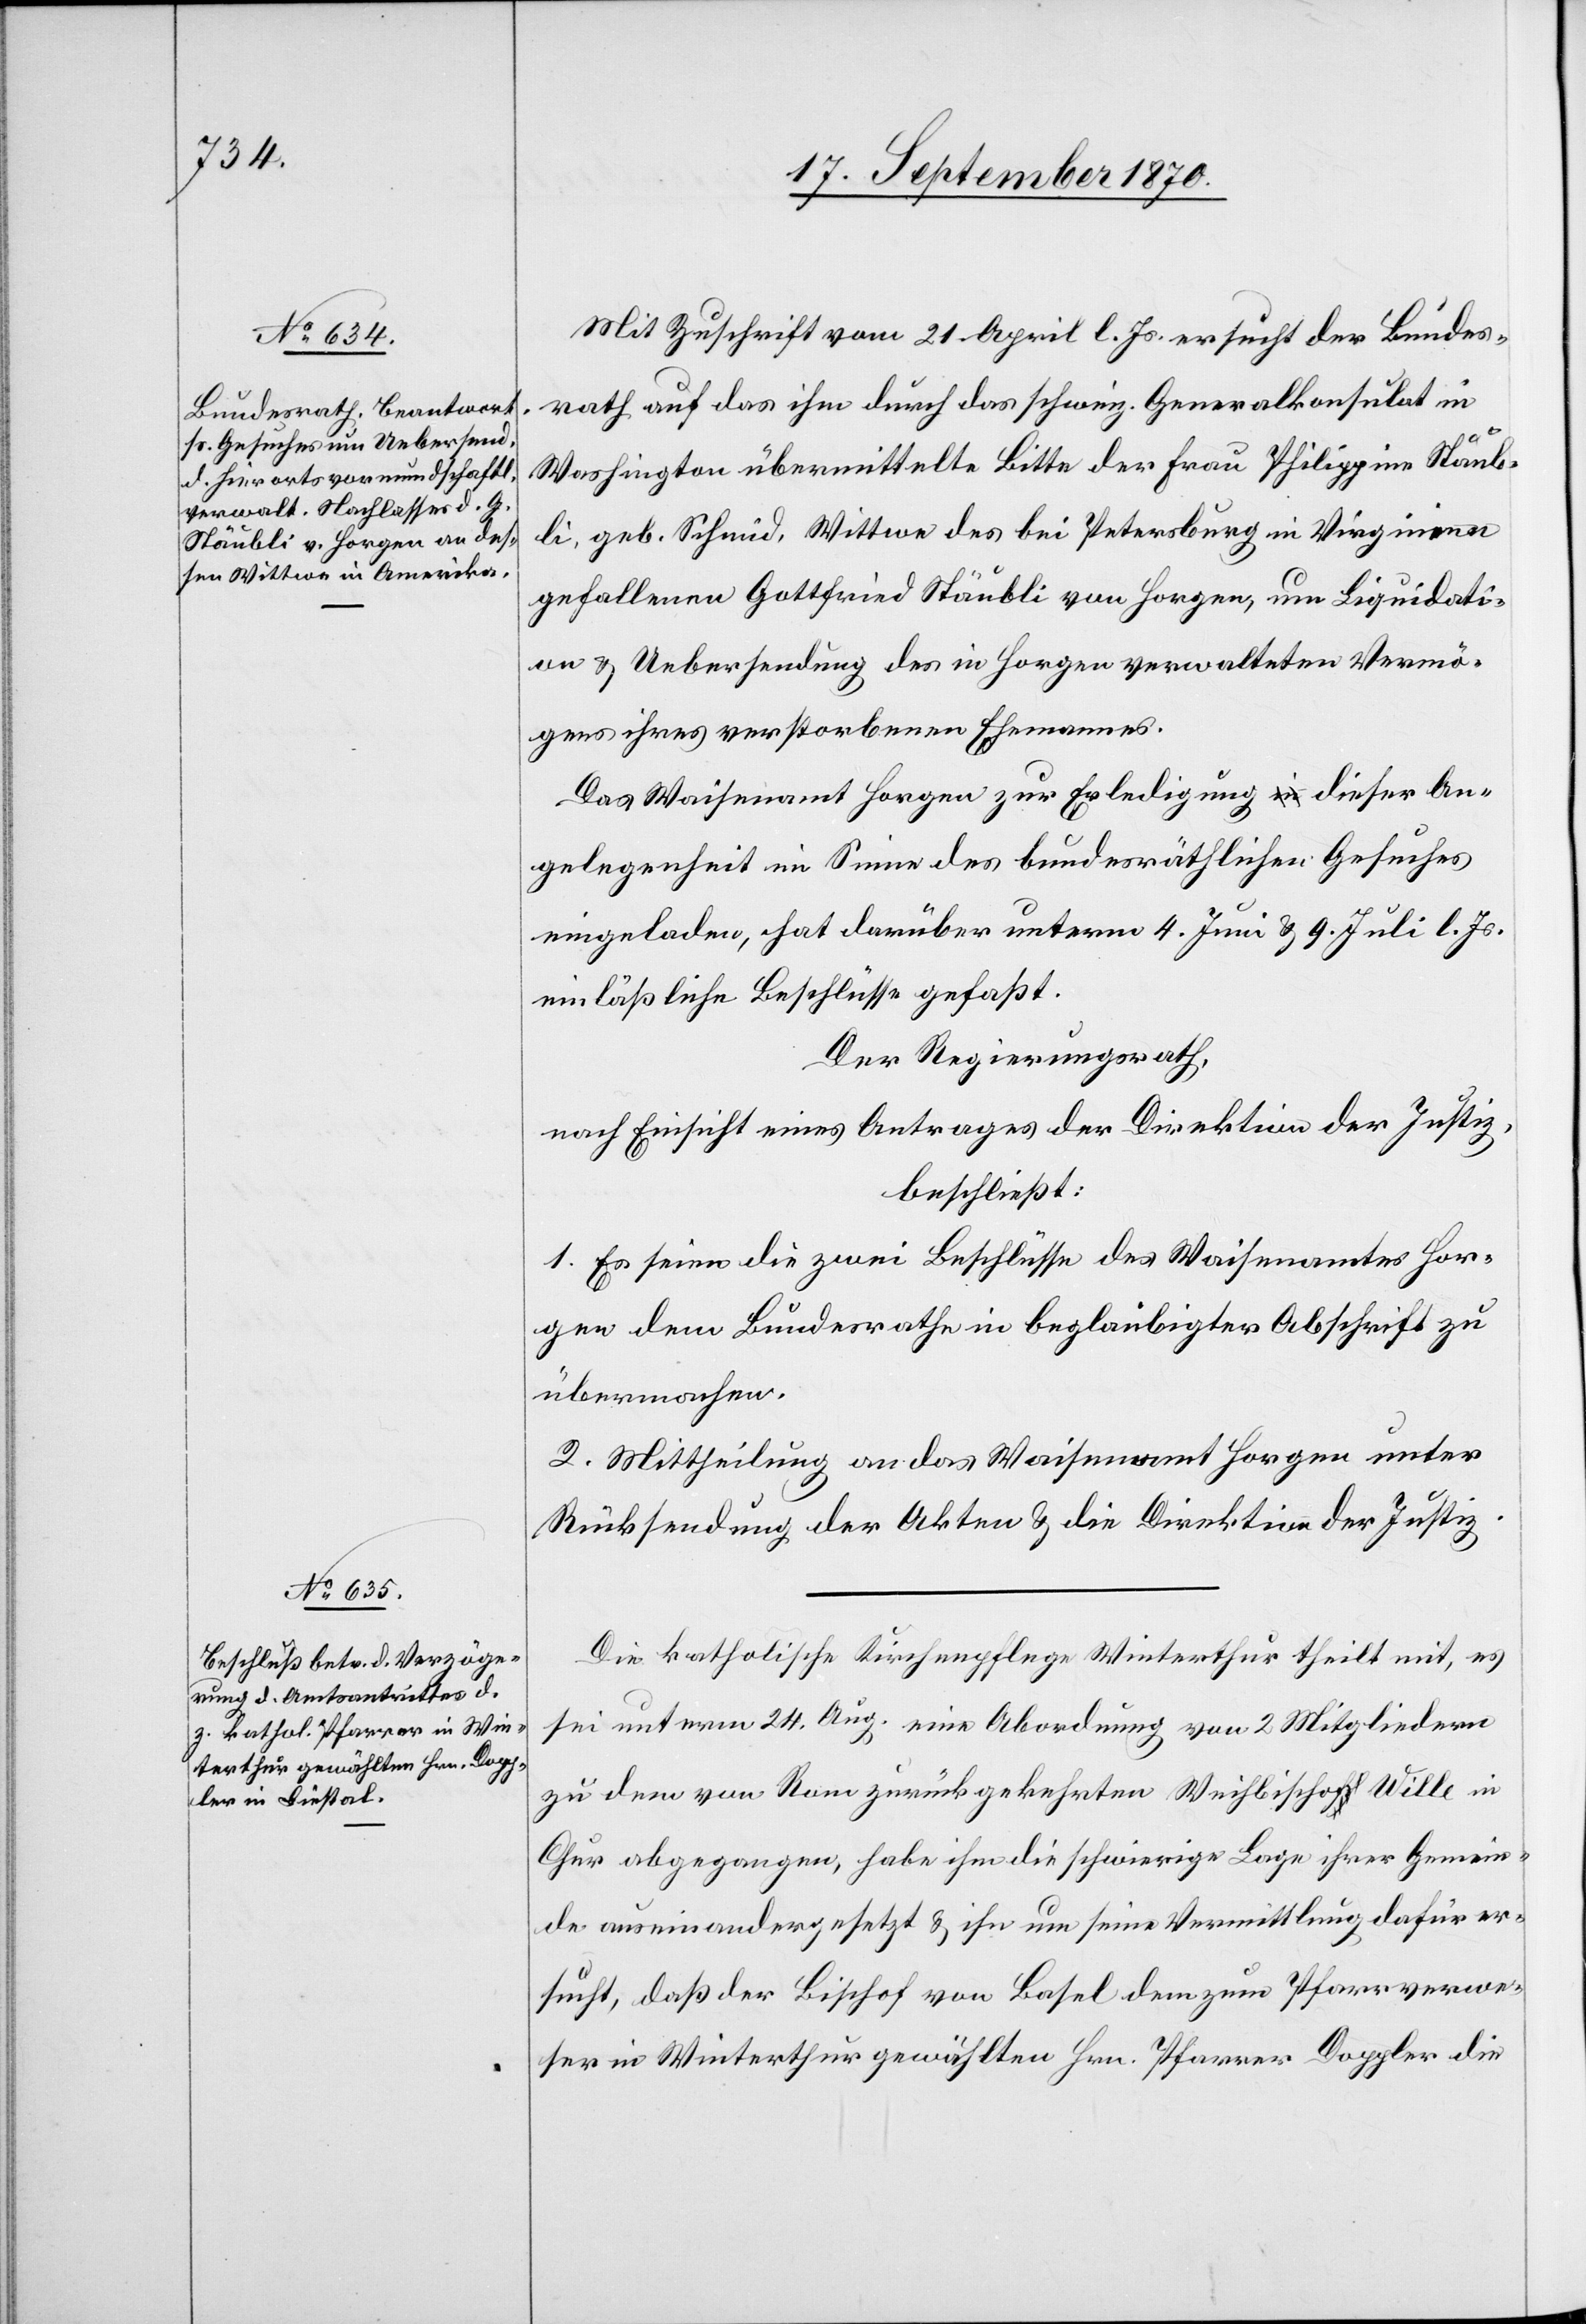
Mit Zuschrift vom 21. April l. Js. ersucht der Bundes¬
rath auf das ihm durch das schweiz. Generalkonsulat in
Washington übermittelte Bitte [sic!] der Frau Philippina Stäub¬
li, geb. Schmid, Wittwe des bei Petersburg in Virginia
gefallenen Gottfried Stäubli von Horgen, um Liquidati¬
on & Uebersendung des in Horgen verwalteten Vermö¬
gens ihres verstorbenen Ehemannes.
Das Waisenamt Horgen zur Erledigung dieser An¬
gelegenheit im Sinne des bundesräthlichen Gesuches
eingeladen, hat darüber unterm 4. Juni & 9. Juli l. Js.
einläßliche Beschlüsse gefaßt.
Der Regierungsrath,
nach Einsicht eines Antrages der Direktion der Justiz,
beschließt:
1. Es seien die zwei Beschlüsse des Waisenamtes Hor¬
gen dem Bundesrathe in beglaubigter Abschrift zu
übermachen.
2. Mittheilung an das Waisenamt Horgen unter
Rücksendung der Akten & die Direktion der Justiz.
Die katholische Kirchenpflege Winterthur theilt mit, es
sei unterm 24. Aug. eine Abordnung von 2 Mitgliedern
zu dem von Rom zurückgekehrten Weihbischof Wille in
Chur abgezogen, habe ihm die schwierige Lage ihrer Gemein¬
de auseinandergesetzt & ihn um seine Vermittlung dafür er¬
sucht, daß der Bischof von Basel dem zum Pfarrverwe¬
ser in Winterthur gewählten Hrn. Pfarrer Doppler die